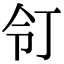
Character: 𠄖